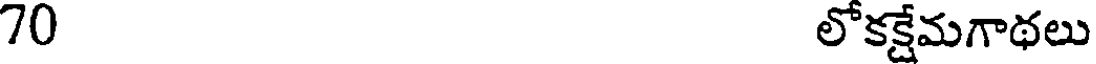
70 లోకక్షేమగాథలు